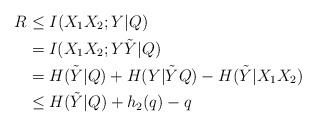
\begin{align*} R&\leq I(X_1X_2;Y|Q)\\ &= I(X_1X_2;Y\tilde{Y}|Q)\\&= H(\tilde{Y}|Q)+H(Y|\tilde{Y}Q)-H(\tilde{Y}|X_1X_2)\\&\leq H(\tilde{Y}|Q)+h_2(q)-q \end{align*}